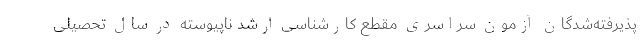
پذیرفته‌شدگان آزمون سراسری مقطع کارشناسی ارشد ناپیوسته در سال تحصیلی